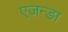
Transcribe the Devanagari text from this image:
एजन्डा